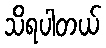
သိရပါတယ်